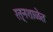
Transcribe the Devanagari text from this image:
रत्नशाळेत